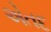
એતદ